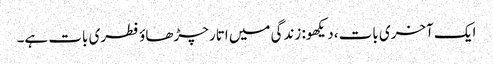
ایک آخری بات، دیکھو: زندگی میں اتار چڑھاؤ فطری بات ہے۔